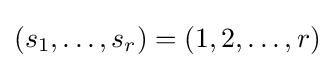
(s_{1},\ldots ,s_{r})=(1,2,\ldots ,r)